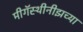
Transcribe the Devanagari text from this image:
मीगॅस्थीनीझच्या